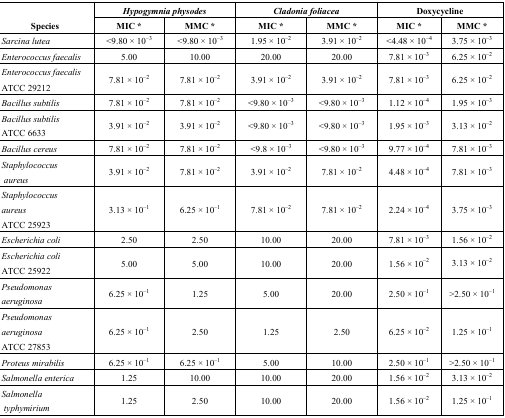
<table><thead><tr><td rowspan="2"><b>Species</b></td><td colspan="2"><b><i>Hypogymnia physodes</i></b></td><td colspan="2"><b><i>Cladonia foliacea</i></b></td><td colspan="2"><b>Doxycycline</b></td></tr><tr><td><b>MIC *</b></td><td><b>MMC *</b></td><td><b>MIC *</b></td><td><b>MMC *</b></td><td><b>MIC *</b></td><td><b>MMC *</b></td></tr></thead><tbody><tr><td><i>Sarcina lutea</i></td><td>&lt;9.80 × 10<sup>−3</sup></td><td>&lt;9.80 × 10<sup>−3</sup></td><td>1.95 × 10<sup>−2</sup></td><td>3.91 × 10<sup>−2</sup></td><td>&lt;4.48 × 10<sup>−4</sup></td><td>3.75 × 10<sup>−3</sup></td></tr><tr><td><i>Enterococcus faecalis</i></td><td>5.00</td><td>10.00</td><td>20.00</td><td>20.00</td><td>7.81 × 10<sup>−3</sup></td><td>6.25 × 10<sup>−2</sup></td></tr><tr><td><i>Enterococcus faecalis</i> ATCC 29212</td><td>7.81 × 10<sup>−2</sup></td><td>7.81 × 10<sup>−2</sup></td><td>3.91 × 10<sup>−2</sup></td><td>3.91 × 10<sup>−2</sup></td><td>7.81 × 10<sup>−3</sup></td><td>6.25 × 10<sup>−2</sup></td></tr><tr><td><i>Bacillus subtilis</i></td><td>7.81 × 10<sup>−2</sup></td><td>7.81 × 10<sup>−2</sup></td><td>&lt;9.80 × 10<sup>−3</sup></td><td>&lt;9.80 × 10<sup>−3</sup></td><td>1.12 × 10<sup>−4</sup></td><td>1.95 × 10<sup>−3</sup></td></tr><tr><td><i>Bacillus subtilis</i> ATCC 6633</td><td>3.91 × 10<sup>−2</sup></td><td>3.91 × 10<sup>−2</sup></td><td>&lt;9.80 × 10<sup>−3</sup></td><td>&lt;9.80 × 10<sup>−3</sup></td><td>1.95 × 10<sup>−3</sup></td><td>3.13 × 10<sup>−2</sup></td></tr><tr><td><i>Bacillus cereus</i></td><td>7.81 × 10<sup>−2</sup></td><td>7.81 × 10<sup>−2</sup></td><td>&lt;9.8 × 10<sup>−3</sup></td><td>&lt;9.80 × 10<sup>−3</sup></td><td>9.77 × 10<sup>−4</sup></td><td>7.81 × 10<sup>−3</sup></td></tr><tr><td><i>Staphylococcus aureus</i></td><td>3.91 × 10<sup>−2</sup></td><td>7.81 × 10<sup>−2</sup></td><td>3.91 × 10<sup>−2</sup></td><td>7.81 × 10<sup>−2</sup></td><td>4.48 × 10<sup>−4</sup></td><td>7.81 × 10<sup>−3</sup></td></tr><tr><td><i>Staphylococcus aureus</i> ATCC 25923</td><td>3.13 × 10<sup>−1</sup></td><td>6.25 × 10<sup>−1</sup></td><td>7.81 × 10<sup>−2</sup></td><td>7.81 × 10<sup>−2</sup></td><td>2.24 × 10<sup>−4</sup></td><td>3.75 × 10<sup>−3</sup></td></tr><tr><td><i>Escherichia coli</i></td><td>2.50</td><td>2.50</td><td>10.00</td><td>20.00</td><td>7.81 × 10<sup>−3</sup></td><td>1.56 × 10<sup>−2</sup></td></tr><tr><td><i>Escherichia coli</i> ATCC 25922</td><td>5.00</td><td>5.00</td><td>10.00</td><td>20.00</td><td>1.56 × 10<sup>−2</sup></td><td>3.13 × 10<sup>−2</sup></td></tr><tr><td><i>Pseudomonas aeruginosa</i></td><td>6.25 × 10<sup>−1</sup></td><td>1.25</td><td>5.00</td><td>20.00</td><td>2.50 × 10<sup>−1</sup></td><td>&gt;2.50 × 10<sup>−1</sup></td></tr><tr><td><i>Pseudomonas aeruginosa</i> ATCC 27853</td><td>6.25 × 10<sup>−1</sup></td><td>2.50</td><td>1.25</td><td>2.50</td><td>6.25 × 10<sup>−2</sup></td><td>1.25 × 10<sup>−1</sup></td></tr><tr><td><i>Proteus mirabilis</i></td><td>6.25 × 10<sup>−1</sup></td><td>6.25 × 10<sup>−1</sup></td><td>5.00</td><td>10.00</td><td>2.50 × 10<sup>−1</sup></td><td>&gt;2.50 × 10<sup>−1</sup></td></tr><tr><td><i>Salmonella enterica</i></td><td>1.25</td><td>10.00</td><td>10.00</td><td>20.00</td><td>1.56 × 10<sup>−2</sup></td><td>3.13 × 10<sup>−2</sup></td></tr><tr><td><i>Salmonella typhymirium</i></td><td>1.25</td><td>2.50</td><td>10.00</td><td>20.00</td><td>1.56 × 10<sup>−2</sup></td><td>1.25 × 10<sup>−1</sup></td></tr></tbody></table>